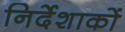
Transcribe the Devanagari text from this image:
निर्देशाकों